Scottish Leaving Certificate Examination, 1954
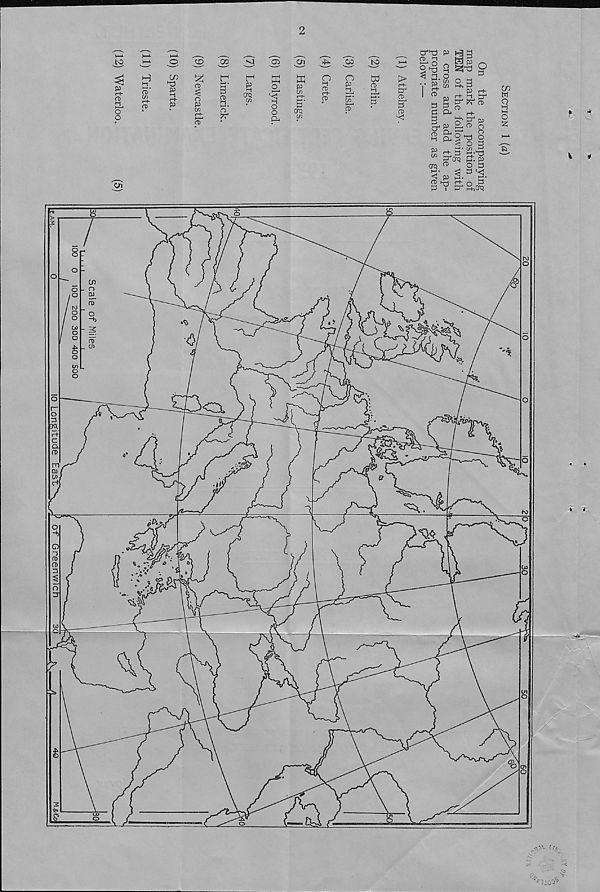
CT^ P Hi g
5L g
H p
2^ Q ^
< ^ o
^
o a
a -
a
^ p E± 2L P“
3 3
3 a
r+
o 1 3" p
£Lrt> s
o
o
CD
(X
<1
a:
►3
GO
Ol
InD
LO
H
t~
t-
ffi
X
o
o
>
tc
to)
to
rr-
crq
'to
ET
crq
to
to
a.
s Si's §
p r+ 5
1/5
Yr\ CD
"d
. a
CTQ
CD Hr-4 rto- s-\ a
to2,aq
cn
co
■+>
'to?
KS, ^4
<cx
m
Cl
a
“b
toa
/
^}mV